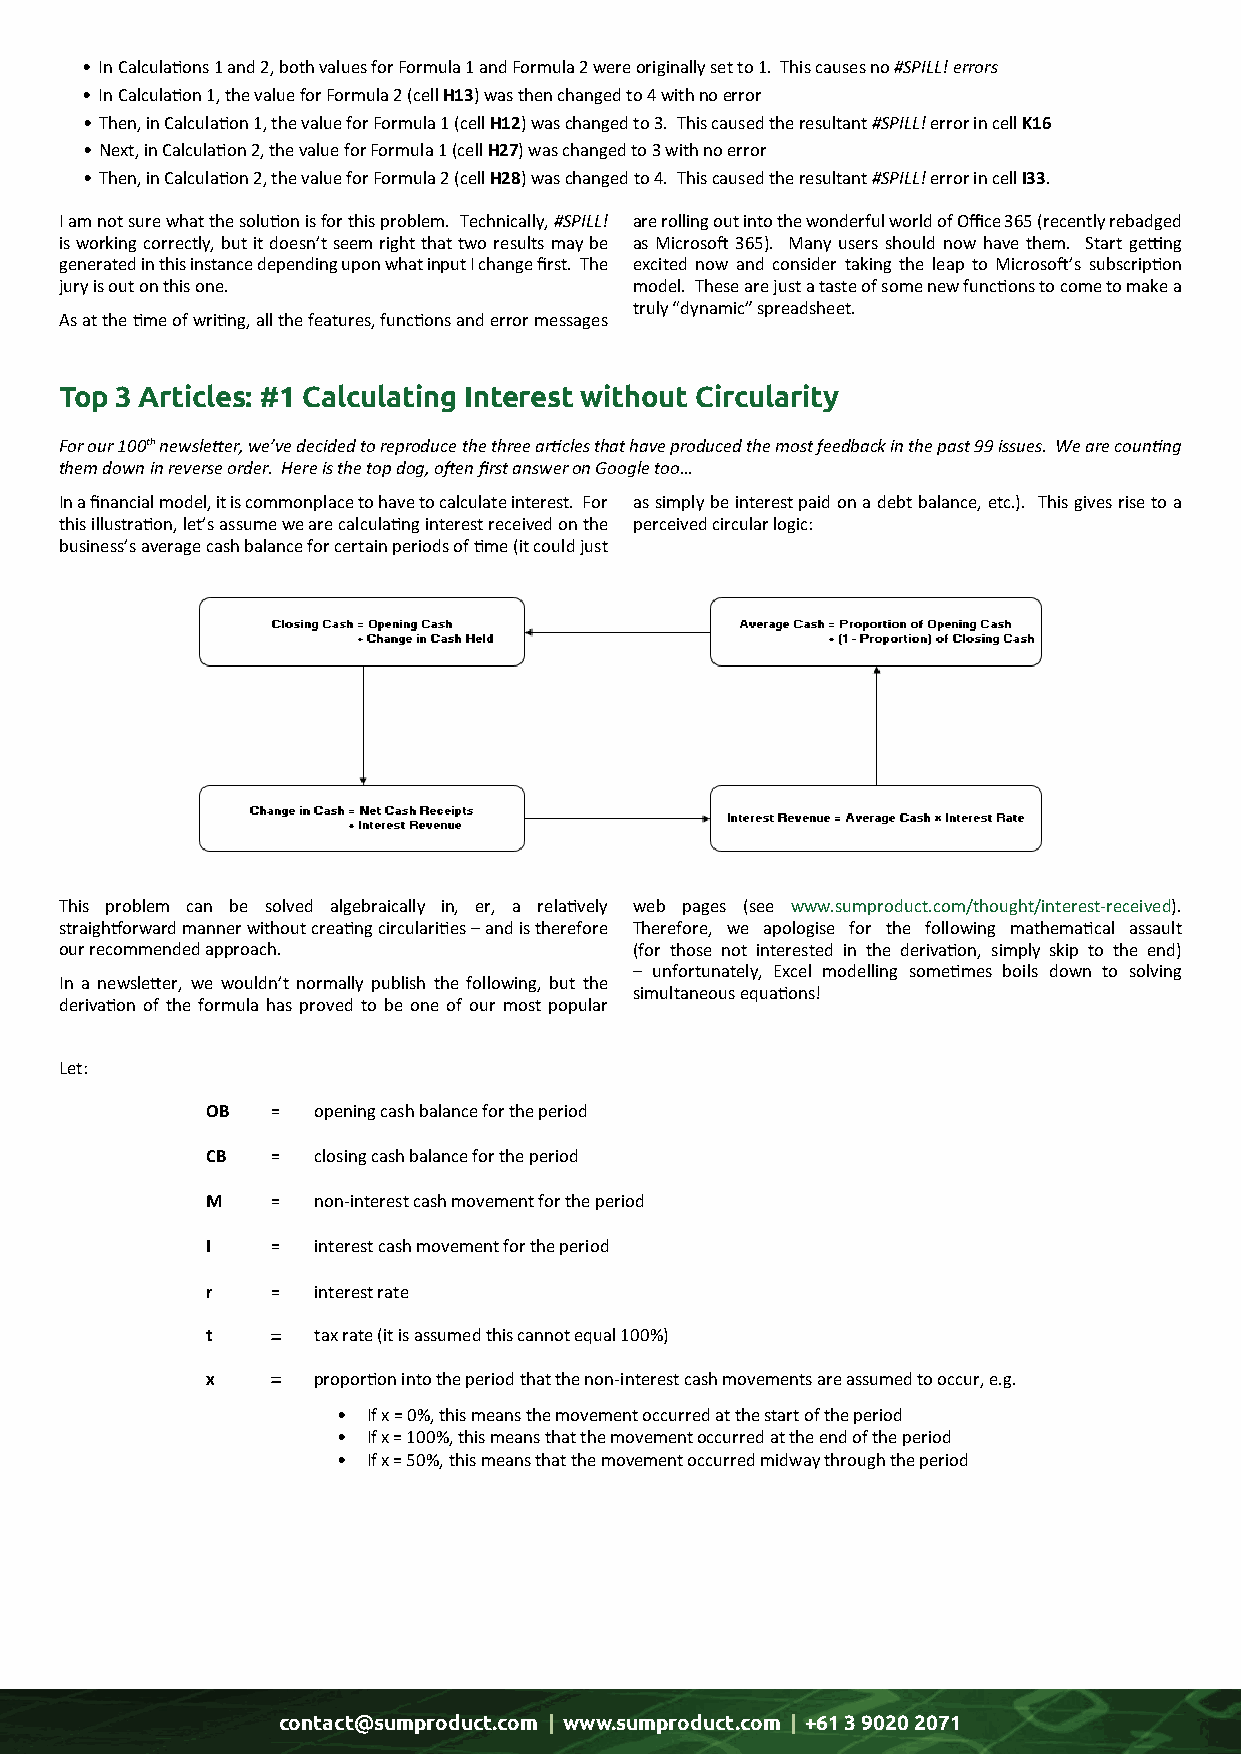
• In Calculations 1 and 2, both values for Formula 1 and Formula 2 were originally set to 1. This causes no #SPILL! errors
 • In Calculation 1, the value for Formula 2 (cell H13) was then changed to 4 with no error
 • Then, in Calculation 1, the value for Formula 1 (cell H12) was changed to 3. This caused the resultant #SPILL! error in cell K16
 • Next, in Calculation 2, the value for Formula 1 (cell H27) was changed to 3 with no error
 • Then, in Calculation 2, the value for Formula 2 (cell H28) was changed to 4. This caused the resultant #SPILL! error in cell I33.
 I am not sure what the solution is for this problem. Technically, #SPILL! are rolling out into the wonderful world of Office 365 (recently rebadged
 is working correctly, but it doesn’t seem right that two results may be as Microsoft 365). Many users should now have them. Start getting
 generated in this instance depending upon what input I change first. The excited now and consider taking the leap to Microsoft’s subscription
 jury is out on this one.              model. These are just a taste of some new functions to come to make a
 truly “dynamic” spreadsheet.
 As at the time of writing, all the features, functions and error messages
 Top 3 Articles: #1 Calculating Interest without Circularity
 For our 100th newsletter, we’ve decided to reproduce the three articles that have produced the most feedback in the past 99 issues. We are counting
 them down in reverse order. Here is the top dog, often first answer on Google too…
 In a financial model, it is commonplace to have to calculate interest. For as simply be interest paid on a debt balance, etc.). This gives rise to a
 this illustration, let’s assume we are calculating interest received on the perceived circular logic:
 business’s average cash balance for certain periods of time (it could just
 This problem can be solved algebraically in, er, a relatively web pages (see www.sumproduct.com/thought/interest-received).
 straightforward manner without creating circularities – and is therefore Therefore, we apologise for the following mathematical assault
 our recommended approach.             (for those not interested in the derivation, simply skip to the end)
 – unfortunately, Excel modelling sometimes boils down to solving
 In a newsletter, we wouldn’t normally publish the following, but the
 simultaneous equations!
 derivation of the formula has proved to be one of our most popular
 Let:
 OB  =  opening cash balance for the period
 CB  =  closing cash balance for the period
 M   =  non-interest cash movement for the period
 I   =  interest cash movement for the period
 r   =  interest rate
 t   =  tax rate (it is assumed this cannot equal 100%)
 x   =  proportion into the period that the non-interest cash movements are assumed to occur, e.g.
 • If x = 0%, this means the movement occurred at the start of the period
 • If x = 100%, this means that the movement occurred at the end of the period
 • If x = 50%, this means that the movement occurred midway through the period
 contact@sumproduct.com | www.sumproduct.com | +61 3 9020 2071